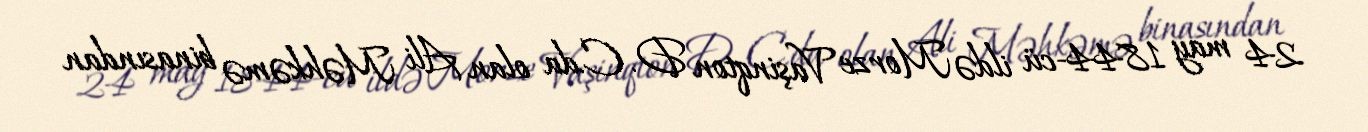
24 may 1844-cü ildə Morze Vaşinqton D. C.da olan Ali Məhkəmə binasından